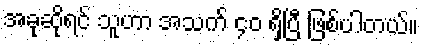
အခုဆိုရင် သူဟာ အသက် ၄၀ ရှိပြီ ဖြစ်ပါတယ်။